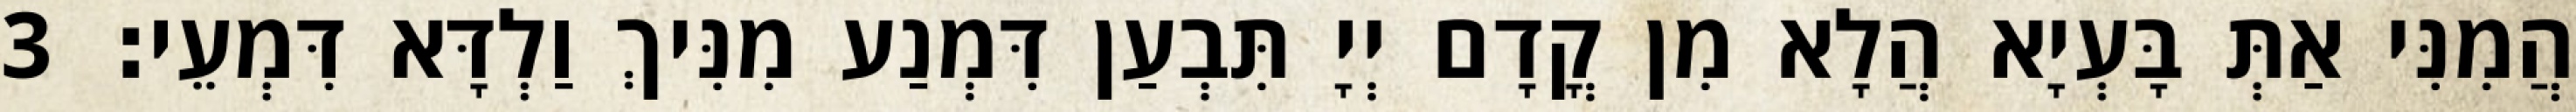
הֲמִנִּי אַתְּ בָּעְיָא הֲלָא מִן קֳדָם יְיָ תִּבְעַן דִּמְנַע מִנִּיךְ וַלְדָּא דִּמְעֵי׃ 3